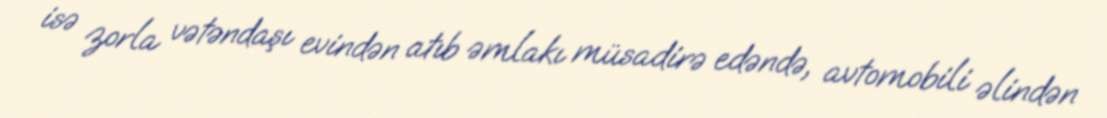
isə zorla vətəndaşı evindən atıb əmlakı müsadirə edəndə, avtomobili əlindən